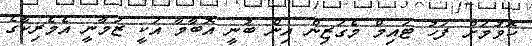
ހޮވުމަށް ފަހު ޓައިމް މެގަޒިން އިން ބުނީ އޮބާމާ އަކީ ޒަމާނީ އެމެރިކާގެ